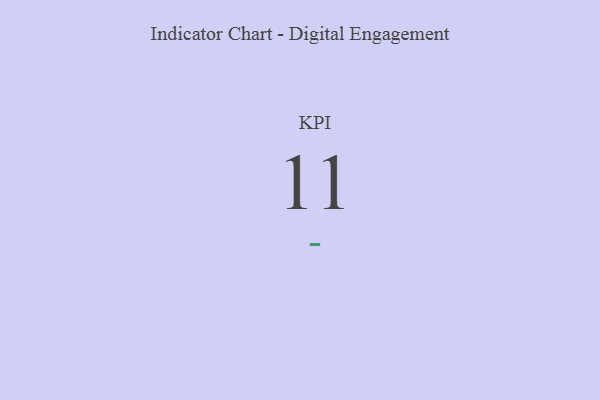
{"axis": {"x": "KPI", "y": "Value"}, "legend": [""], "data": [{"x": "KPI", "y": 11, "type": ""}]}